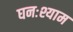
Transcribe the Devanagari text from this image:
घनःश्याम